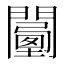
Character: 𨶾